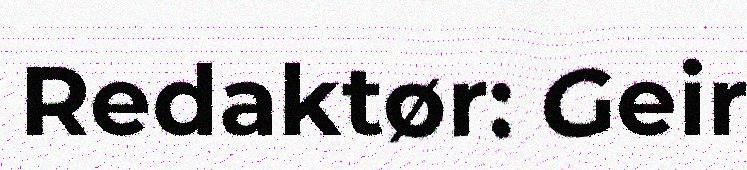
Redaktør: Geir